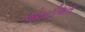
એમટીએસ